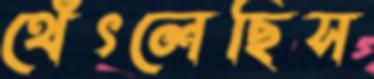
থেঁৎলেছিস